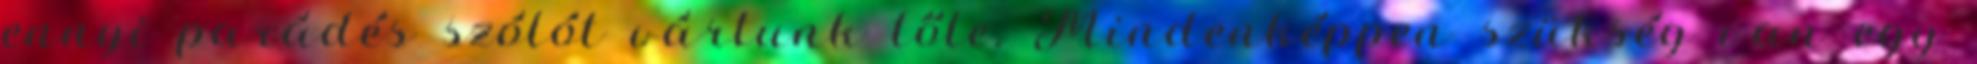
ennyi parádés szólót vártunk tőle. Mindenképpen szükség van egy